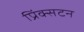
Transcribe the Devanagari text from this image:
प्रिंक्सटन